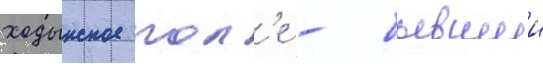
ходынское пол'е - бывшии